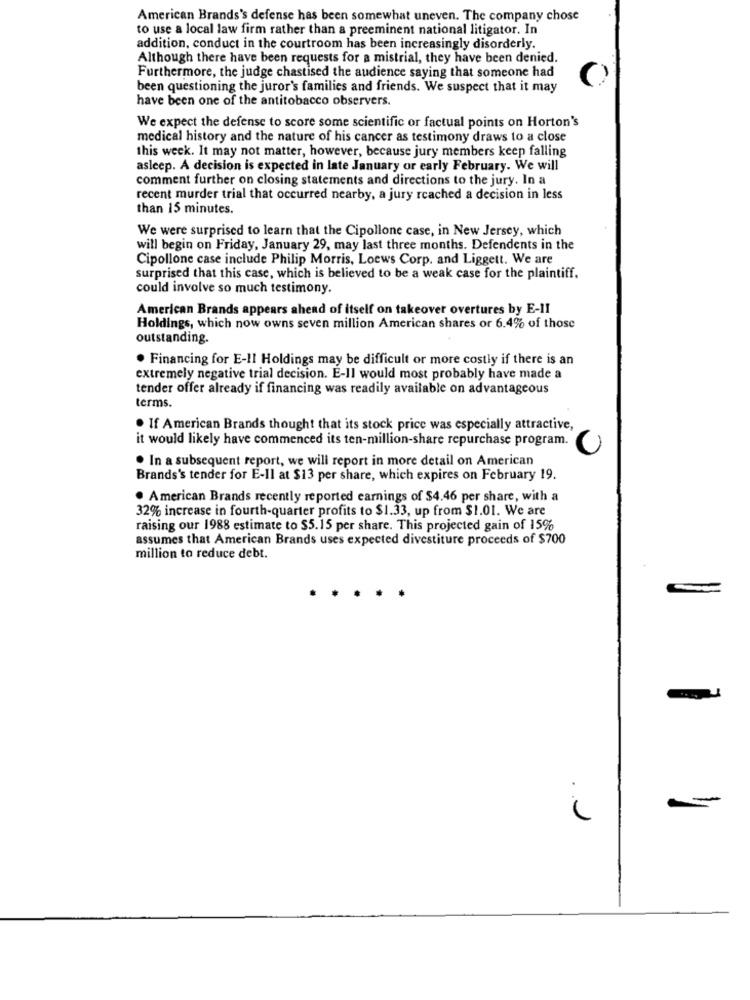
American Brands's defense has been somewhat uneven. The company chose
to use a local law firm rather than a preeminent national litigator. In
addition, conduct in the courtroom has been increasingly disorderly.
Although there have been requests for a mistrial, they have been denied.
Furthermore, the judge chastised the audience saying that someone had
been questioning the juror's families and friends. We suspect that it may
have been one of the antitobacco observers.
We expect the defense to score some scientific or factual points on Horton's
medical history and the nature of his cancer as testimony draws to a close
this week. It may not matter, however, because jury members keep falling
asleep. A decision is expected in late January or early February. We will
comment further on closing statements and directions to the jury. In a
recent murder trial that occurred nearby, a jury reached a decision in less
than 15 minutes.
We were surprised to learn that the Cipollone case, in New Jersey, which
will begin on Friday, January 29, may last three months. Defendents in the
Cipollone case include Philip Morris, Loews Corp, and Liggett. We are
surprised that this case, which is believed to be a weak case for the plaintiff.
could involve so much testimony.
American Brands appears ahead of itself on takeover overtures by E-II
Holdings, which now owns seven million American shares or 6.4% of those
outstanding.
. Financing for E-II Holdings may be difficult or more costly if there is an
extremely negative trial decision. E-Il would most probably have made a
tender offer already if financing was readily available on advantageous
terms.
. If American Brands thought that its stock price was especially attractive,
it would likely have commenced its ten-million-share repurchase program.
· In a subsequent report, we will report in more detail on American
Brands's tender for E-Il at $13 per share, which expires on February 19.
. American Brands recently reported earnings of $4.46 per share, with a
32% increase in fourth-quarter profits to $1.33, up from $1.01. We are
raising our 1988 estimate to $5.15 per share. This projected gain of 15%
assumes that American Brands uses expected divestiture proceeds of $700
million to reduce debt.
. .
-